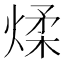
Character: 煣